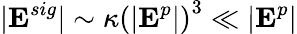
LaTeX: |\textbf{E}^{sig}|\sim\kappa\left(|\textbf{E}^{p}|\right)^{3}\ll|\textbf{E}^{p}|